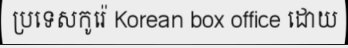
ប្រទេសកូរ៉េ Korean box office ដោយ